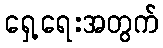
ရှေ့ရေးအတွက်